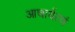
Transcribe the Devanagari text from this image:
आचार्यत्वं